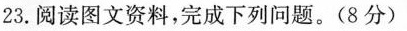
23.阅读图文资料，完成下列问题。(8分)